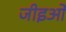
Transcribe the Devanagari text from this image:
जीइओ